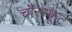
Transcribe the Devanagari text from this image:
चौरस्फूट